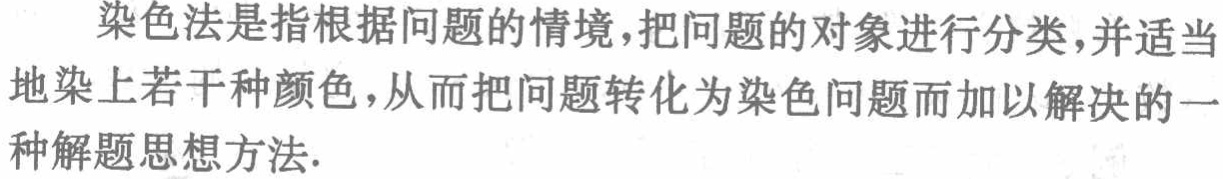
染色法是指根据问题的情境，把问题的对象进行分类，并适当地染上若干种颜色，从而把问题转化为染色问题而加以解决的一种解题思想方法.